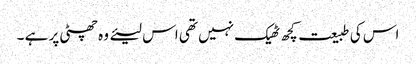
اس کی طبیعت کچھ ٹھیک نہیں تھی اس لیئے وہ چھٹی پر ہے ۔